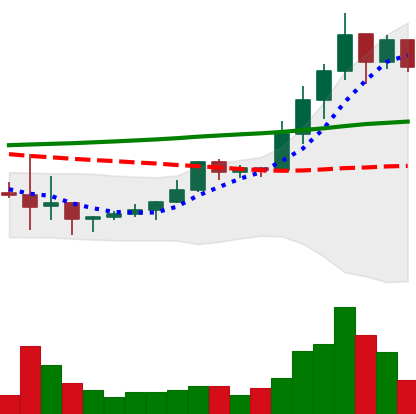
Ticker: LINK-USD
Chart end date: 2019-10-12
Forward return: -7.02%
Label: down_7plus